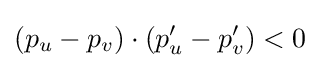
(p_{u}-p_{v})\cdot (p'_{u}-p'_{v})<0